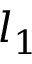
l _ { 1 }